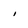
Character: i